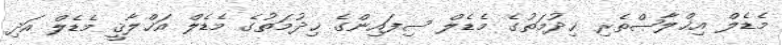
މެޑެލް އިޚްލާޞްތެރި ޚިދުމަތުގެ މެޑެލް ސިފައިންގެ ޚިދުމަތުގެ މެޑެލް އަޚްލާޤީ މެޑެލް އަދި